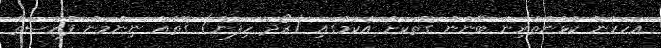
އަހަރެން ކުޅުންތެރިން ބޭނުން ގޮތަކަށް އެކަމުގައި (ރޯދަ ހިފަން) ގޮތެއް ނިންމަން ފުރުސަތު